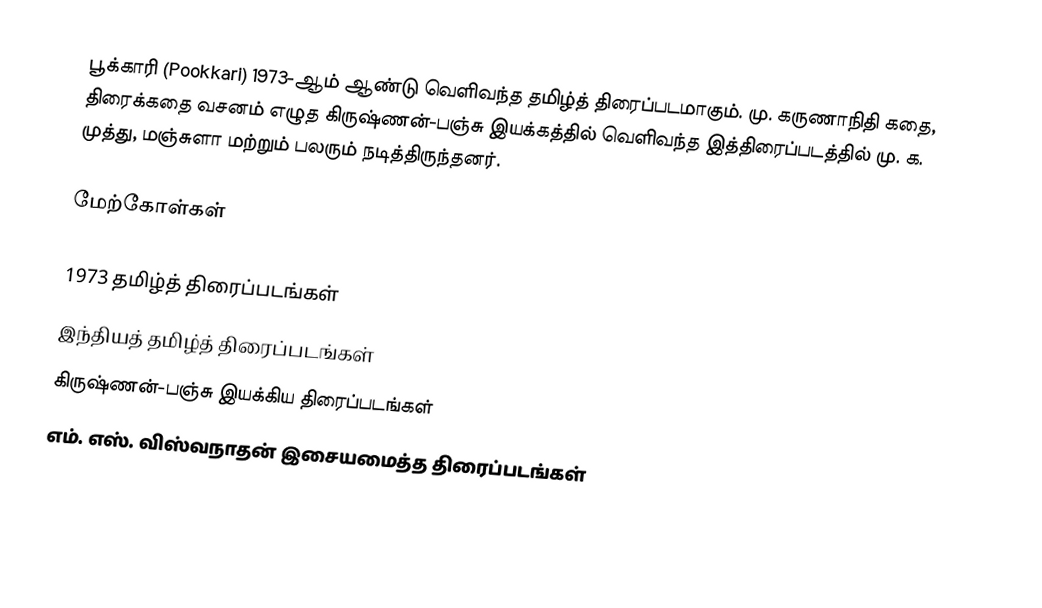
பூக்காரி (Pookkari) 1973-ஆம் ஆண்டு வெளிவந்த தமிழ்த் திரைப்படமாகும்.  மு. கருணாநிதி கதை, திரைக்கதை வசனம் எழுத  கிருஷ்ணன்-பஞ்சு இயக்கத்தில் வெளிவந்த இத்திரைப்படத்தில் மு. க. முத்து, மஞ்சுளா மற்றும் பலரும் நடித்திருந்தனர்.

மேற்கோள்கள்

1973 தமிழ்த் திரைப்படங்கள்
இந்தியத் தமிழ்த் திரைப்படங்கள்
கிருஷ்ணன்-பஞ்சு இயக்கிய திரைப்படங்கள்
எம். எஸ். விஸ்வநாதன் இசையமைத்த திரைப்படங்கள்